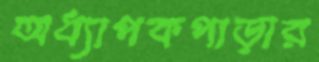
অধ্যাপকপাড়ার